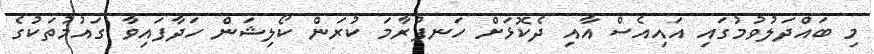
މި ބައްދަލުވުމުގައި އައިއެސް އާއި ދެކޮޅަށް ހަނފުރާމަ ކުރަން ކޯލިޝަން ހަދާފައިވާ ގައުމުތަކުގެ